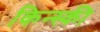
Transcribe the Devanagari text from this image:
किन्स्की